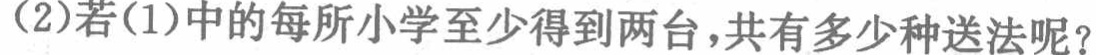
(2)若(1)中的每所小学至少得到两台，共有多少种送法呢？